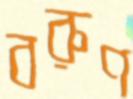
বরুণ